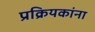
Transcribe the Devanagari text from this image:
प्रक्रियकांना